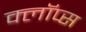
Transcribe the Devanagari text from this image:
क्लॉप्स